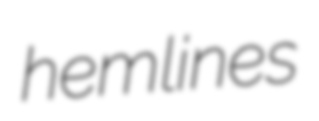
hemlines